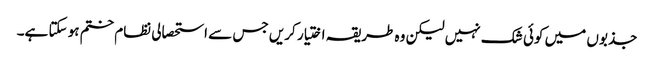
جذبوں میں کوئی شک نہیں لیکن وہ طریقہ اختیار کریں جس سے استحصالی نظام ختم ہو سکتا ہے۔